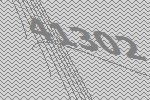
41302